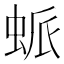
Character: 䖰